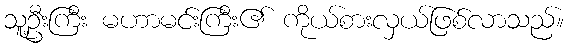
သူ့ဦးကြီး မဟာမင်းကြီး၏ ကိုယ်စားလှယ်ဖြစ်လာသည်။